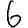
Digit: 6